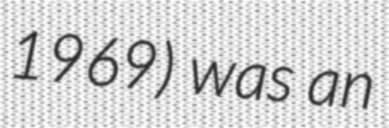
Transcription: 1969) was an